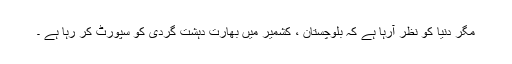
مگر دنیا کو نظر آرہا ہے کہ بلوچستان ، کشمیر میں بھارت دہشت گردی کو سپورٹ کر رہا ہے ۔